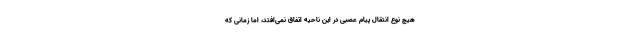
هیچ نوع انتقال پیام عصبی در این ناحیه اتفاق نمی‌افتد، اما زمانی که